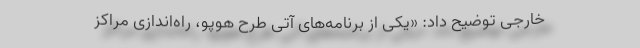
خارجی توضیح داد: «یکی از برنامه‌های آتی طرح هوپو، راه‌اندازی مراکز